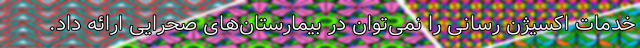
خدمات اکسیژن رسانی را نمی‌توان در بیمارستان‌های صحرایی ارائه داد.